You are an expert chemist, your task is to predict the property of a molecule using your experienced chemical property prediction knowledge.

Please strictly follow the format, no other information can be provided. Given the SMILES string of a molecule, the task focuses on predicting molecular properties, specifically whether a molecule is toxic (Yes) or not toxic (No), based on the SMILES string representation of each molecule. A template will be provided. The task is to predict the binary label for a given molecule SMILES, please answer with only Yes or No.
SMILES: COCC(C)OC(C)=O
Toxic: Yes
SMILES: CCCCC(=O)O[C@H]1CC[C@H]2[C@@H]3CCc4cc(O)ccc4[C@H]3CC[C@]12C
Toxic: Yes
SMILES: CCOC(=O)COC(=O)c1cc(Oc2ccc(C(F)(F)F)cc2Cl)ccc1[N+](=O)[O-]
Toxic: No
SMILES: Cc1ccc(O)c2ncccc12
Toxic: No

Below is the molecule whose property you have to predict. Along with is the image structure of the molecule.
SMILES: COc1ccc2cc3[n+](cc2c1OC)CCc1cc2c(cc1-3)OCO2
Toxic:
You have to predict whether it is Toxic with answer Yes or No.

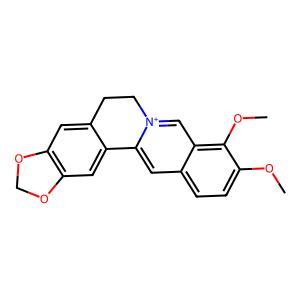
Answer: No